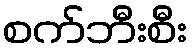
စက်ဘီးစီး